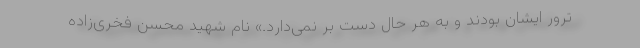
ترور ایشان بودند و به هر حال دست بر نمی‌دارد.» نام شهید محسن فخری‌زاده